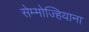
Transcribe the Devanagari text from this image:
सेम्मोज्हियाना